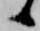
候